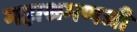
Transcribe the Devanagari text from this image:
महाश्रमणजी